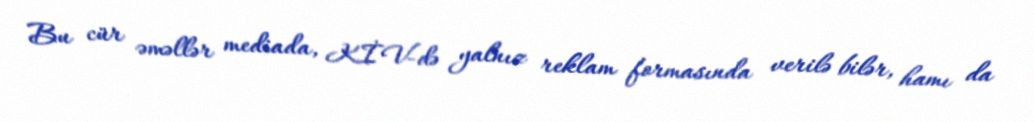
Bu cür əməllər mediada, KİV-də yalnız reklam formasında verilə bilər, hamı da